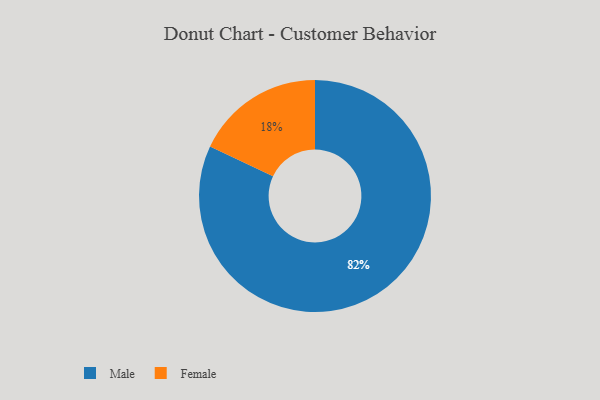
{"axis": {"x": "Category", "y": "Percentage"}, "legend": ["Female", "Male"], "data": [{"x": "Male", "y": 82, "type": "Male"}, {"x": "Female", "y": 18, "type": "Female"}]}